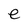
Character: e